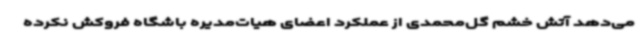
می‌دهد آتش خشم گل‌محمدی از عملکرد اعضای هیات‌مدیره باشگاه فروکش نکرده